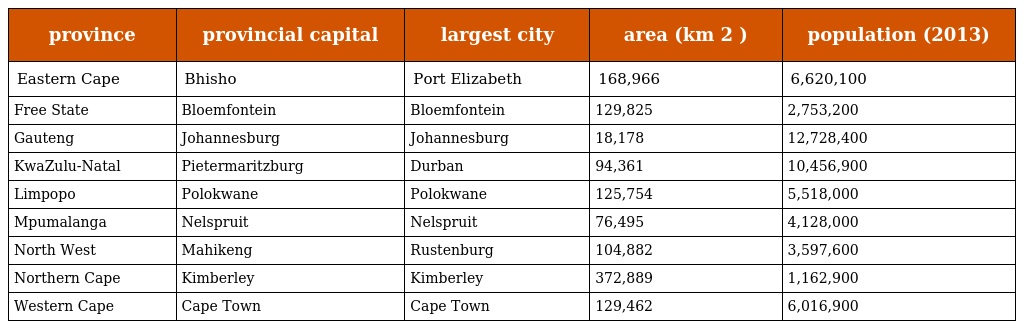
| province | provincial capital | largest city | area (km 2 ) | population (2013) |
 | --- | --- | --- | --- | --- |
 | Eastern Cape | Bhisho | Port Elizabeth | 168,966 | 6,620,100 |
 | Free State | Bloemfontein | Bloemfontein | 129,825 | 2,753,200 |
 | Gauteng | Johannesburg | Johannesburg | 18,178 | 12,728,400 |
 | KwaZulu-Natal | Pietermaritzburg | Durban | 94,361 | 10,456,900 |
 | Limpopo | Polokwane | Polokwane | 125,754 | 5,518,000 |
 | Mpumalanga | Nelspruit | Nelspruit | 76,495 | 4,128,000 |
 | North West | Mahikeng | Rustenburg | 104,882 | 3,597,600 |
 | Northern Cape | Kimberley | Kimberley | 372,889 | 1,162,900 |
 | Western Cape | Cape Town | Cape Town | 129,462 | 6,016,900 |